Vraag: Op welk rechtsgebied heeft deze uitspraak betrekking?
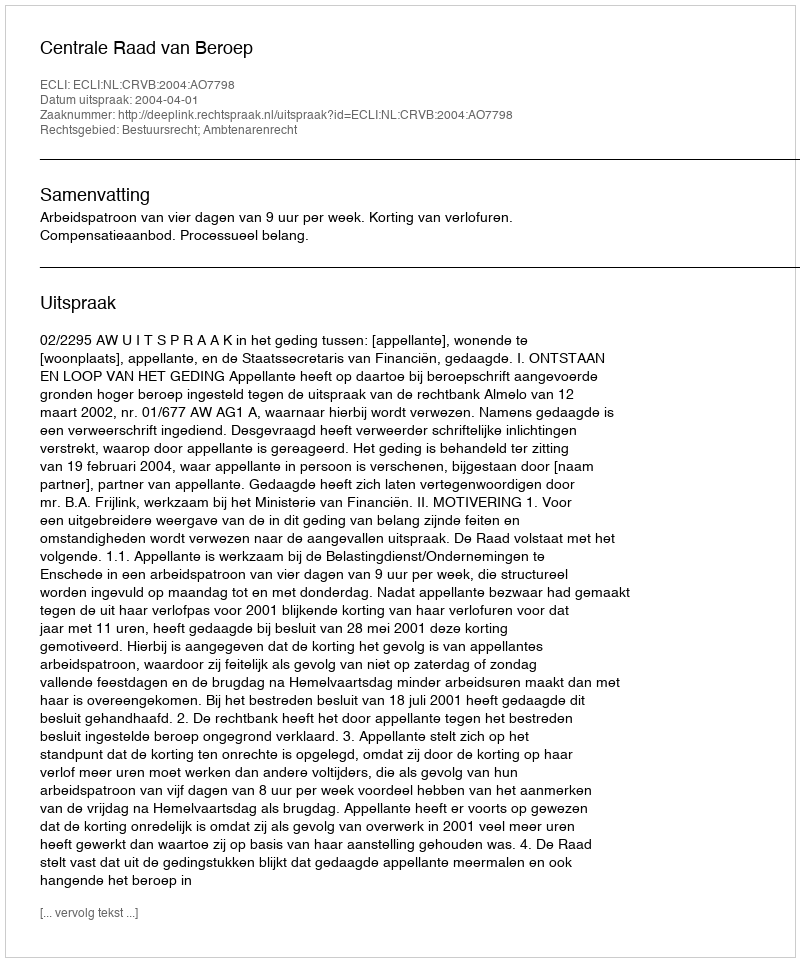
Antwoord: Bestuursrecht; Ambtenarenrecht